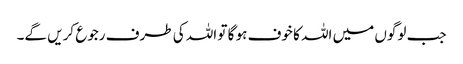
جب لوگوں میں اللہ کا خوف ہو گا تو اللہ کی طرف رجوع کریں گے۔